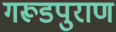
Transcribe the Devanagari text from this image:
गरूडपुराण